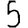
Digit: 5